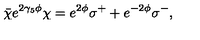
\bar { \chi } e ^ { 2 \gamma _ { 5 } \phi } \chi = e ^ { 2 \phi } \sigma ^ { + } + e ^ { - 2 \phi } \sigma ^ { - } ,